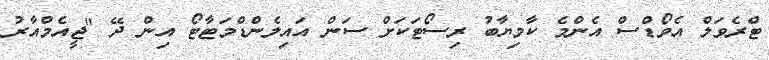
ޓްރެވަލް އެވޯޑްސް އެންމެ ކާމިޔާބު ރިސޯޓަކަށް ސަން އައިލެންޑްމަޓާޓޯ އިން ދޭ "ޖީއެމްއާރު